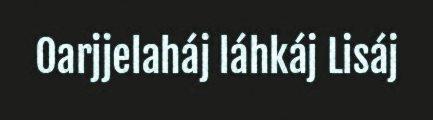
Oarjjelaháj láhkáj Lisáj